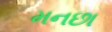
મનછા